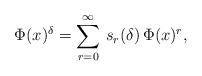
LaTeX: \begin{align*}\Phi(x)^{\delta}=\sum_{r=0}^\infty\,s_r(\delta)\,\Phi(x)^r,\end{align*}